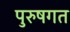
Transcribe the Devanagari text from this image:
पुरुषगत